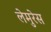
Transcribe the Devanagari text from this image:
लेमुरेस